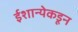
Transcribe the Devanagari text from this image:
ईशान्येकडून